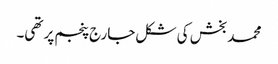
محمد بخش کی شکل جارج پنجم پر تھی۔